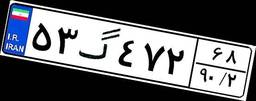
۴۷گ۷۴۰۴۲